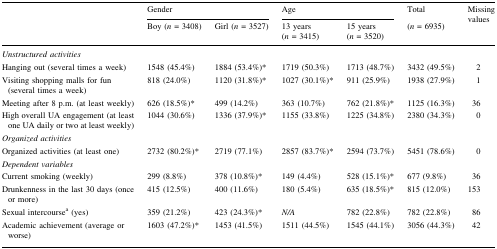
| <ROWSPAN=2>  | <COLSPAN=2> Gender | <COLSPAN=2> Age | Total | <ROWSPAN=2> Missing values |
 | Boy (n = 3408) | Girl (n = 3527) | 13 years (n = 3415) | 15 years (n = 3520) | (n = 6935) |
 | --- | --- | --- | --- | --- | --- | --- |
 | Unstructured activities |  |  |  |  |  |  |
 | Hanging out (several times a week) | 1548 (45.4%) | 1884 (53.4%)* | 1719 (50.3%) | 1713 (48.7%) | 3432 (49.5%) | 2 |
 | Visiting shopping malls for fun (several times a week) | 818 (24.0%) | 1120 (31.8%)* | 1027 (30.1%)* | 911 (25.9%) | 1938 (27.9%) | 1 |
 | Meeting after 8 p.m. (at least weekly) | 626 (18.5%)* | 499 (14.2%) | 363 (10.7%) | 762 (21.8%)* | 1125 (16.3%) | 36 |
 | High overall UA engagement (at least one UA daily or two at least weekly) | 1044 (30.6%) | 1336 (37.9%)* | 1155 (33.8%) | 1225 (34.8%) | 2380 (34.3%) | 0 |
 | Organized activities |  |  |  |  |  |  |
 | Organized activities (at least one) | 2732 (80.2%)* | 2719 (77.1%) | 2857 (83.7%)* | 2594 (73.7%) | 5451 (78.6%) | 0 |
 | Dependent variables |  |  |  |  |  |  |
 | Current smoking (weekly) | 299 (8.8%) | 378 (10.8%)* | 149 (4.4%) | 528 (15.1%)* | 677 (9.8%) | 36 |
 | Drunkenness in the last 30 days (once or more) | 415 (12.5%) | 400 (11.6%) | 180 (5.4%) | 635 (18.5%)* | 815 (12.0%) | 153 |
 | Sexual intercoursea (yes) | 359 (21.2%) | 423 (24.3%)* | N/A | 782 (22.8%) | 782 (22.8%) | 86 |
 | Academic achievement (average or worse) | 1603 (47.2%)* | 1453 (41.5%) | 1511 (44.5%) | 1545 (44.1%) | 3056 (44.3%) | 42 |